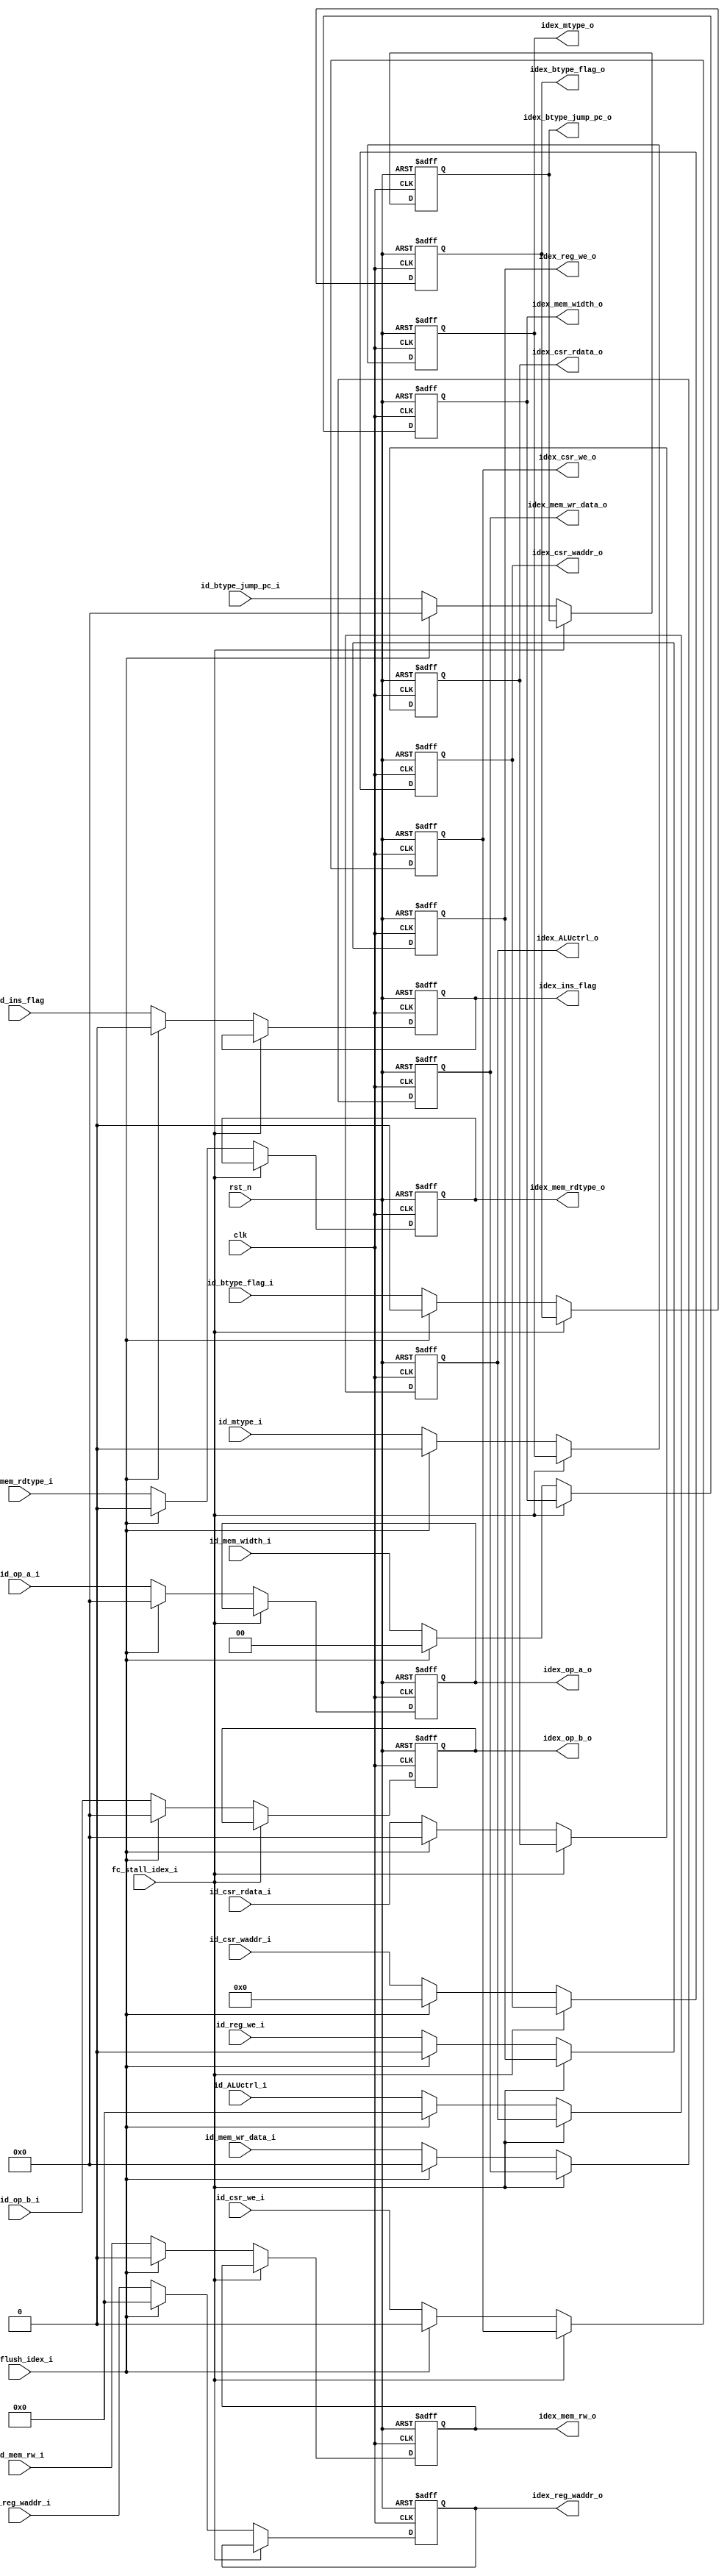
module id_ex_reg (
    input   wire                    clk,
    input   wire                    rst_n,
    //from id
    input   wire            [31:0]  id_op_a_i,
    input   wire            [31:0]  id_op_b_i,
    input   wire            [4:0]   id_reg_waddr_i,
    input   wire                    id_reg_we_i,

    input   wire            [4:0]   id_ALUctrl_i,
    input   wire                    id_btype_flag_i,
    input   wire            [31:0]  id_btype_jump_pc_i,

    input   wire                    id_mtype_i,  
    input   wire                    id_mem_rw_i, 
    input   wire            [1:0]   id_mem_width_i,
    input   wire            [31:0]  id_mem_wr_data_i,
    input   wire                    id_mem_rdtype_i,

    input   wire                    id_csr_we_i,
    input   wire            [11:0]  id_csr_waddr_i,
    input   wire            [31:0]  id_csr_rdata_i,


    input   wire                    id_ins_flag,

    //to ex                 
    output  reg             [31:0]  idex_op_a_o,
    output  reg             [31:0]  idex_op_b_o,
    output  reg             [4:0]   idex_reg_waddr_o,
    output  reg                     idex_reg_we_o,

    output  reg                     idex_csr_we_o,
    output  reg             [11:0]  idex_csr_waddr_o,
    output  reg             [31:0]  idex_csr_rdata_o,


    output  reg             [4:0]   idex_ALUctrl_o,
    output  reg                     idex_btype_flag_o,
    output  reg             [31:0]  idex_btype_jump_pc_o,


    output  reg                     idex_mtype_o,          
    output  reg                     idex_mem_rw_o,          
    output  reg             [1:0]   idex_mem_width_o,      
    output  reg             [31:0]  idex_mem_wr_data_o,   
    output  reg                     idex_mem_rdtype_o,    

    output  reg                     idex_ins_flag,   //also to fc

    //from fc
    input   wire                    fc_flush_idex_i,
    input   wire                    fc_stall_idex_i
);

    always@(posedge clk or negedge rst_n)begin

        if(rst_n == 1'b0)begin
            idex_op_a_o <= 32'h0;
            idex_op_b_o <= 32'h0;
            idex_reg_waddr_o <= 5'h0;
            idex_reg_we_o <= 1'b0;

            idex_ALUctrl_o <= 5'b0;
            idex_btype_flag_o <= 1'b0;
            idex_btype_jump_pc_o <= 32'h0;

            idex_mtype_o <= 1'b0;
            idex_mem_rw_o <= 1'b0;
            idex_mem_width_o <= 2'b0;
            idex_mem_wr_data_o <= 32'h0;
            idex_mem_rdtype_o <= 1'b0;

            idex_csr_we_o <= 1'b0;
            idex_csr_waddr_o <= 12'b0;
            idex_csr_rdata_o <= 32'd0;

            idex_ins_flag <= 1'b0;
        end
        else if(fc_stall_idex_i == 1'b1)begin
            idex_op_a_o <= idex_op_a_o;
            idex_op_b_o <= idex_op_b_o;
            idex_reg_waddr_o <= idex_reg_waddr_o;
            idex_reg_we_o <= idex_reg_we_o;

            idex_ALUctrl_o <= idex_ALUctrl_o;
            idex_btype_flag_o <= idex_btype_flag_o;
            idex_btype_jump_pc_o <= idex_btype_jump_pc_o;

            idex_mtype_o <= idex_mtype_o;
            idex_mem_rw_o <= idex_mem_rw_o;
            idex_mem_width_o <= idex_mem_width_o;
            idex_mem_wr_data_o <= idex_mem_wr_data_o;
            idex_mem_rdtype_o <= idex_mem_rdtype_o;

            idex_csr_we_o <= idex_csr_we_o;
            idex_csr_waddr_o <= idex_csr_waddr_o;
            idex_csr_rdata_o <= idex_csr_rdata_o;

            idex_ins_flag <= idex_ins_flag;
        end
        else if(fc_flush_idex_i == 1'b1)begin
            idex_op_a_o <= 32'h0;
            idex_op_b_o <= 32'h0;
            idex_reg_waddr_o <= 5'h0;
            idex_reg_we_o <= 1'b0;

            idex_ALUctrl_o <= 5'b0;
            idex_btype_flag_o <= 1'b0;
            idex_btype_jump_pc_o <= 32'h0;

            idex_mtype_o <= 1'b0;
            idex_mem_rw_o <= 1'b0;
            idex_mem_width_o <= 2'b0;
            idex_mem_wr_data_o <= 32'h0;
            idex_mem_rdtype_o <= 1'b0;

            idex_csr_we_o <= 1'b0;
            idex_csr_waddr_o <= 12'b0;
            idex_csr_rdata_o <= 32'd0;

            idex_ins_flag <= 1'b0;
        end
        else begin
            idex_op_a_o <= id_op_a_i;
            idex_op_b_o <= id_op_b_i;
            idex_reg_waddr_o <= id_reg_waddr_i;
            idex_reg_we_o <= id_reg_we_i;

            idex_ALUctrl_o <= id_ALUctrl_i;
            idex_btype_flag_o <= id_btype_flag_i;
            idex_btype_jump_pc_o <= id_btype_jump_pc_i;

            idex_mtype_o <= id_mtype_i;
            idex_mem_rw_o <= id_mem_rw_i;
            idex_mem_width_o <= id_mem_width_i;
            idex_mem_wr_data_o <= id_mem_wr_data_i;
            idex_mem_rdtype_o <= id_mem_rdtype_i;

            idex_csr_we_o <= id_csr_we_i;
            idex_csr_waddr_o <= id_csr_waddr_i;
            idex_csr_rdata_o <= id_csr_rdata_i;

            idex_ins_flag <= id_ins_flag;
        end

    end



endmodule